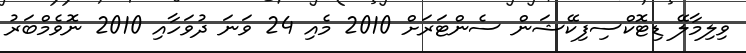
ވިލިމާލޭ ޑިޓޮކްސިފިކޭޝަން ސެންޓަރަށް 2010 މެއި 24 ވަނަ ދުވަހާއި 2010 ނޮވެމްބަރު